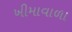
ખીમાવાળા